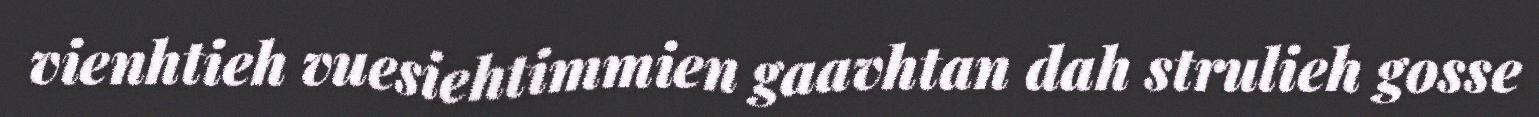
vienhtieh vuesiehtimmien gaavhtan dah strulieh gosse